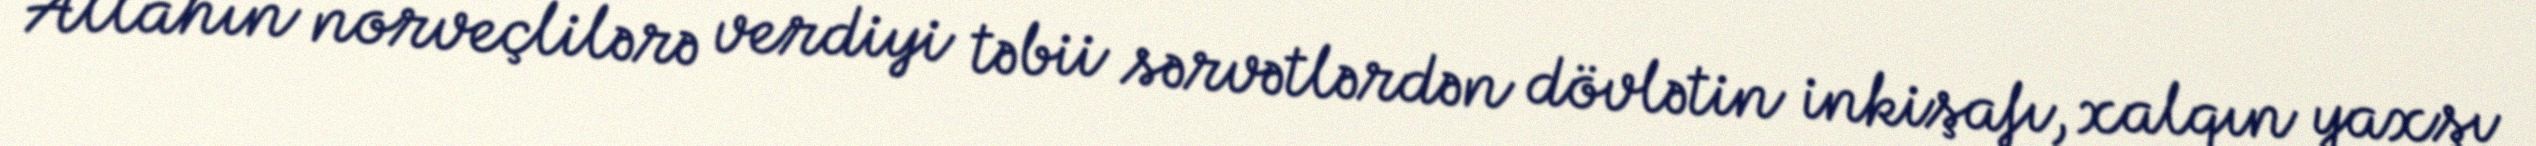
Allahın norveçlilərə verdiyi təbii sərvətlərdən dövlətin inkişafı, xalqın yaxşı